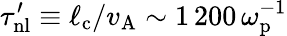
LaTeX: \tau_{\mathrm{nl}}^{\prime}\equiv\ell_{\mathrm{c}}/v_{\mathrm{A}}\sim 1\, 200\, \omega_{\mathrm{p}}^{-1}